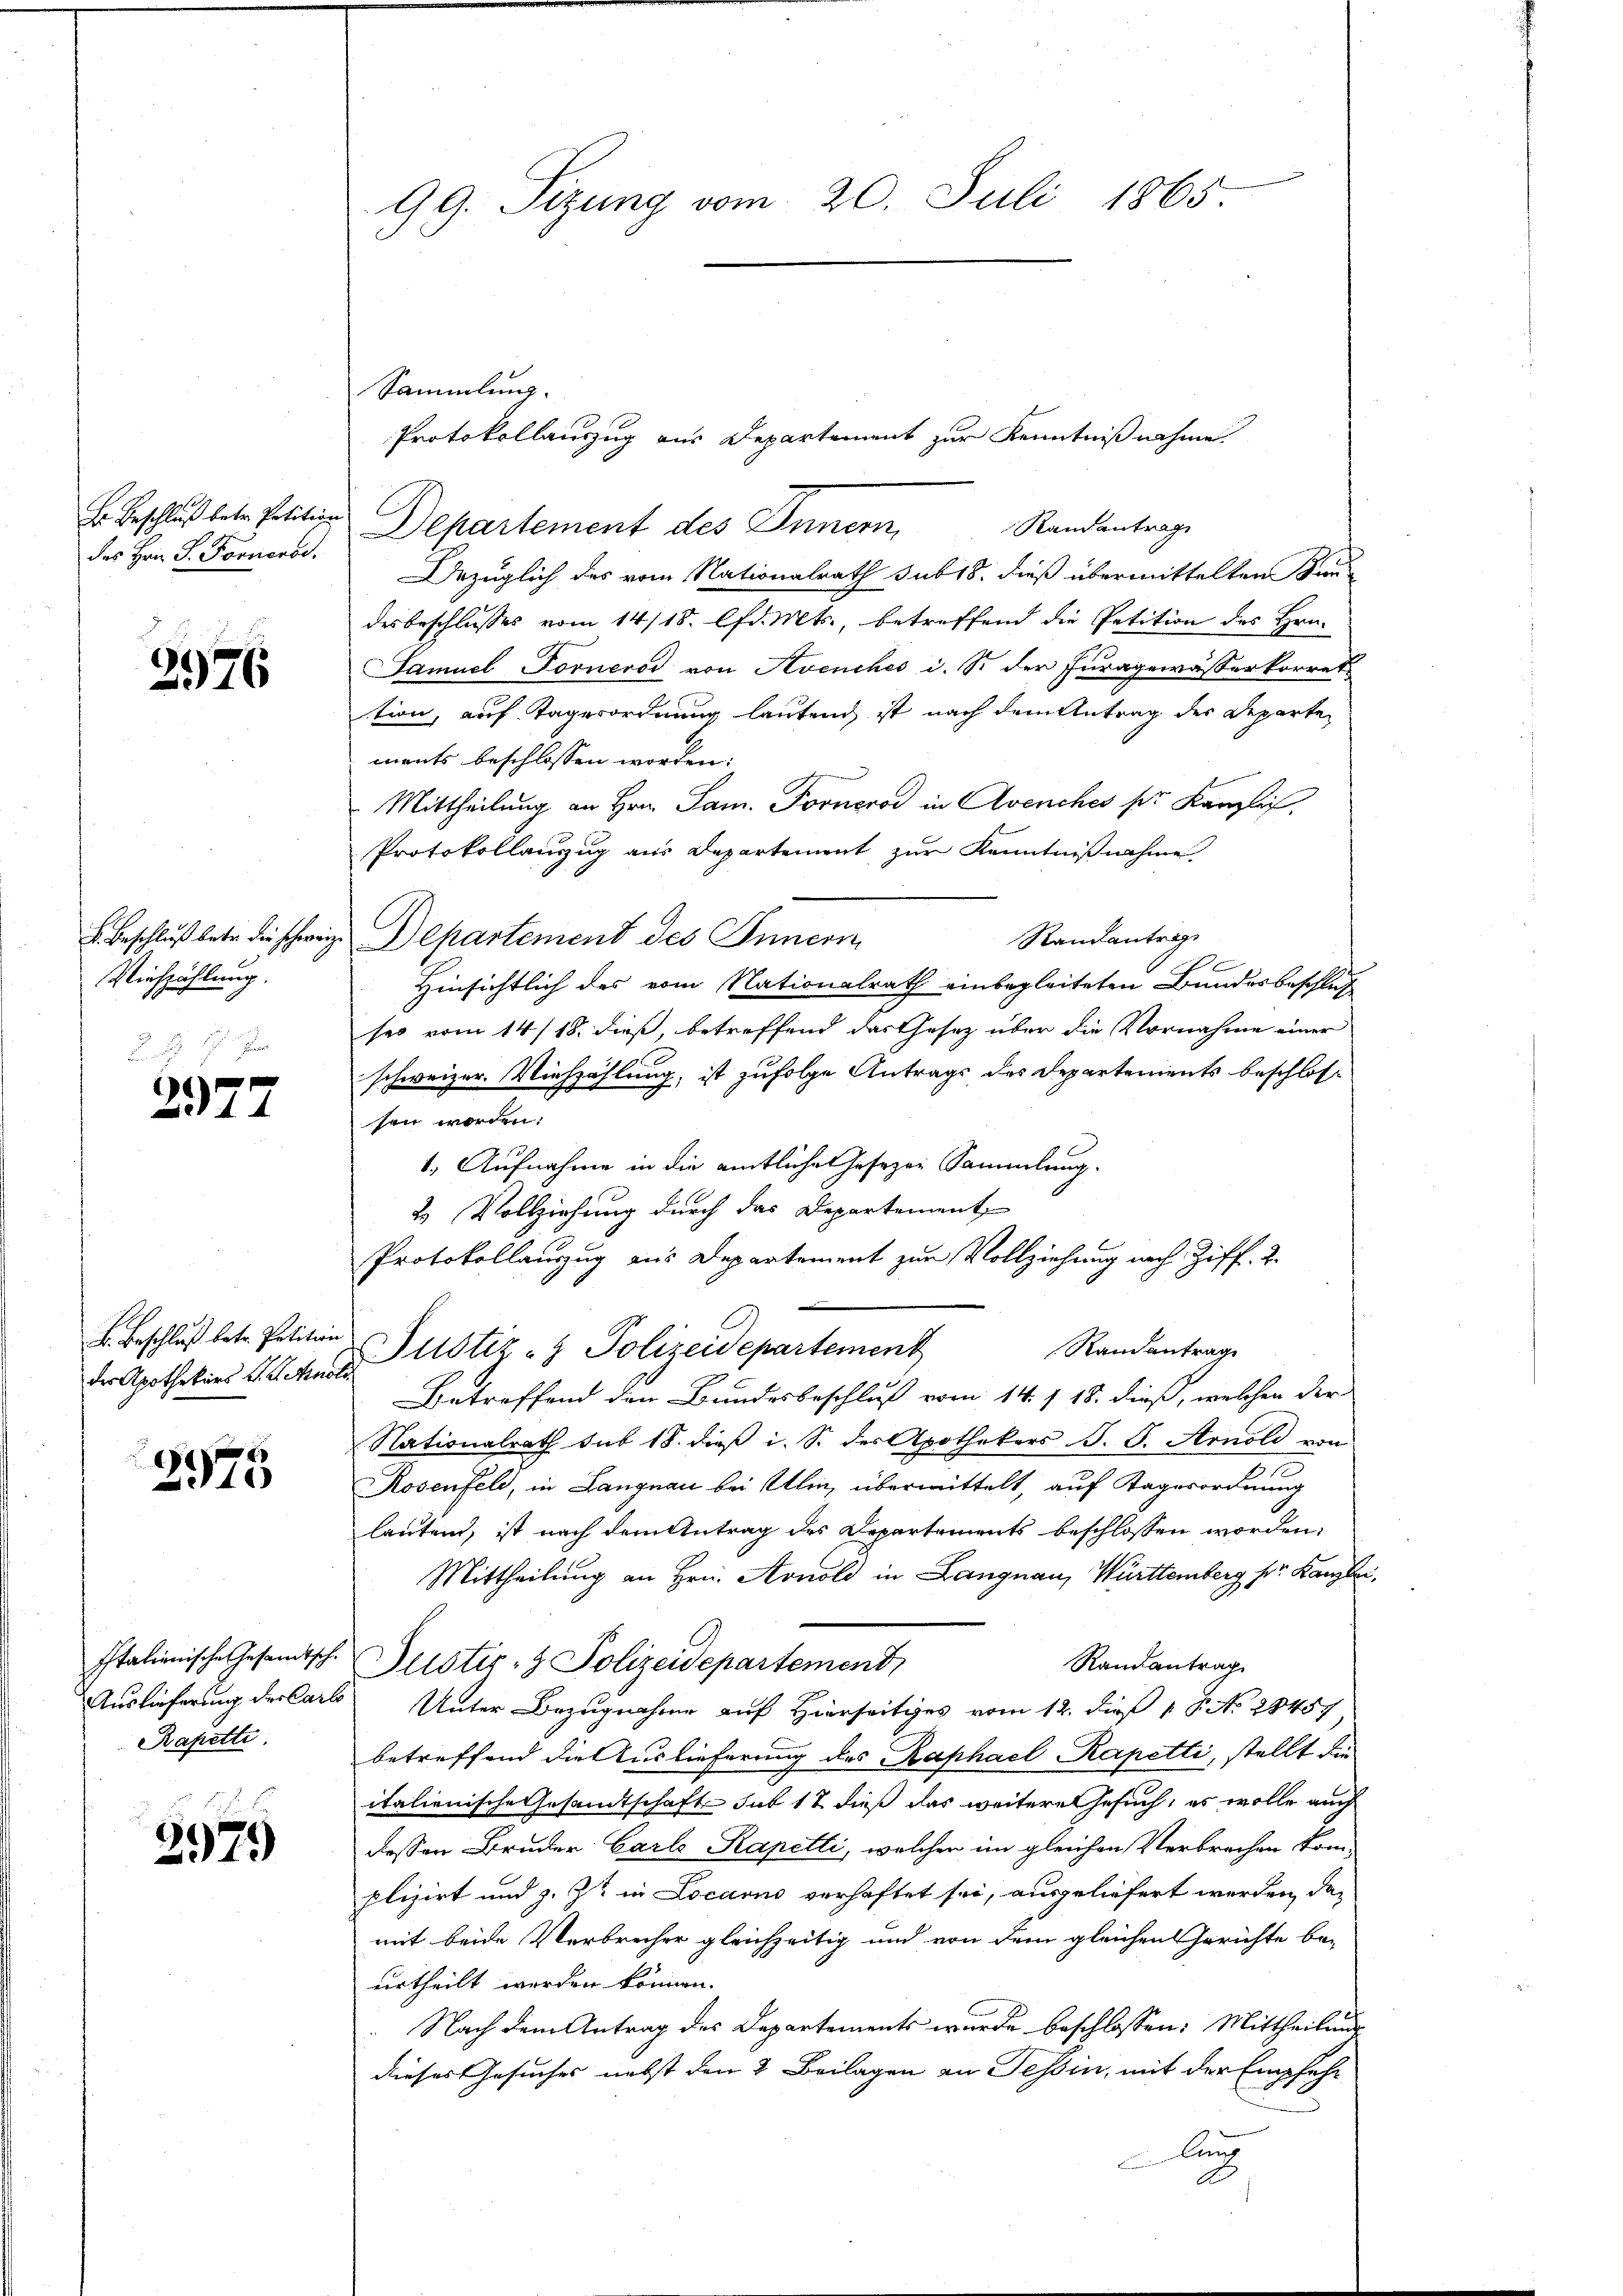
Er Beschluß betr. Petition
des Hrn. F. Forners.

2976

Viehzählung.

)
377

der Apothekars P. G. Arnol

2975

Rapetti.

2979

99. Sizung vom 20. Juli 1865.

Sammlung.
Protokollauszug aus Departement zur Kenntnißnahme
Randantrage
Departement des Innern,
Bezüglich des vom Nationalrath sub 18. dieß übermittelten Fre
desbeschlusses vom 14/18. lfd. Mts., betreffend die Petition des Hrn.
Samuel Fornerod von Avenches d. S. der Juragewässerkorret
tion, auf Tagesordnung lautend ist nach dem Antrag der Departe
ments beschlossen worden:
Mittheilung an Hrn. Jan. Forneros in Avenches pr. Kanzlich,
Protokollanzug aus Departement zur Kenntnißnahme
Randantrige
. Beschluß betr. die schweiz. Departement des Innern
0
Hinsichtlich des vom Nationalrath einbegleiteten Bundesbeschluß
ses vom 14/18. dieß, betreffend das Gesetz über die Vornahme einer
schweizer. Viehzählung, ist zufolge Antrags des Departements beschlossen worden:
1. Aufnahme in die amtliches Gesezen Sammlung.
u Vollziehung durch das Departement,
Protokollauszug aus Departement zur Vollziehung nach Ziff. 2.
. Beschluß bete Petition Justiz- & Polizeidepartement
Randantrage
Betreffend den Bundesbeschluß vom 14. / 18. dieß, welchen der
Nationalrath sub 18. dieß i. S. der Apothekers J. G. Arnold von
s
Rosenfeld, in Langnau bei Ulin, übermittelt, auf Tagesordnung
lautend, ist nach dem Antrag des Departements beschlossen worden,
Mittheilung an Hrn. Arnold in Langnau, Württemberg pr. Kanzlei,
Italienische Gesandtsch. Justiz- & Polizeidepartement
Randantrag
Auslieferung der Carl Unter Bezugnahme auf Hierseitiges vom 12. dieß 18. No. 28457
betreffend die Auslieferung des Raphael Kapetti, stellt die
italienische Gesandtschaft sub 17 dieß das weitere Gesuch, es wolle auch
dessen Bruder Carls Kapelli, welchen im gleichen Verbrechen komplizirt und z. Zt. in Locarno verhaftet sei, ausgeliefert werden, das
mit beide Verbrecher gleichzeitig und von dem gleichen Gerichte be-
urtheilt werden können.
Nach dem Antrag des Departements wurde beschlossen: Mittheilung
dieses Gesuches nebst den 2. Beilagen an Tessin, mit der Empfehlung
A